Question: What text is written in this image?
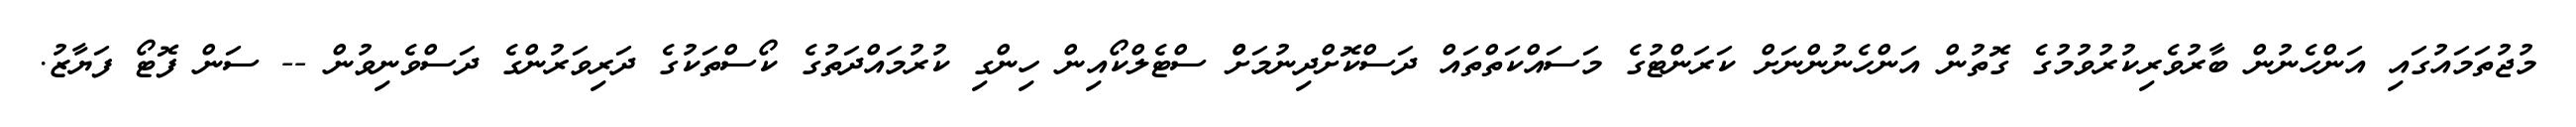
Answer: މުޖުތަމައުގައި އަންހެނުން ބާރުވެރިކުރުވުމުގެ ގޮތުން އަންހެނުންނަށް ކަރަންޓުގެ މަސައްކަތްތައް ދަސްކޮށްދިނުމަށްް ސްޓެލްކޯއިން ހިންގި ކުރުމައްދަތުގެ ކޯސްތަކުގެ ދަރިވަރުންގެ ދަސްވެނިވުން -- ސަން ފޮޓޯ ފަޔާޒު.